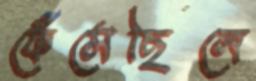
ফেঁসেছিলে